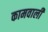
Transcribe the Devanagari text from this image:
कामवाली